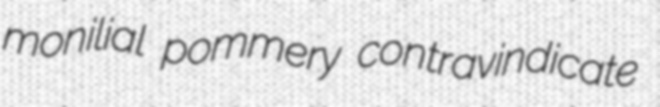
monilial pommery contravindicate